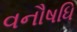
વનૌષધિ